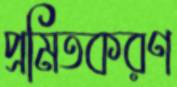
প্রমিতকরণ